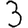
Digit: 3